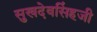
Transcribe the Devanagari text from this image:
सुखदेवसिंहजी